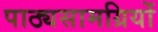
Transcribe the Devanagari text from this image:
पाठ्यसामग्रियों